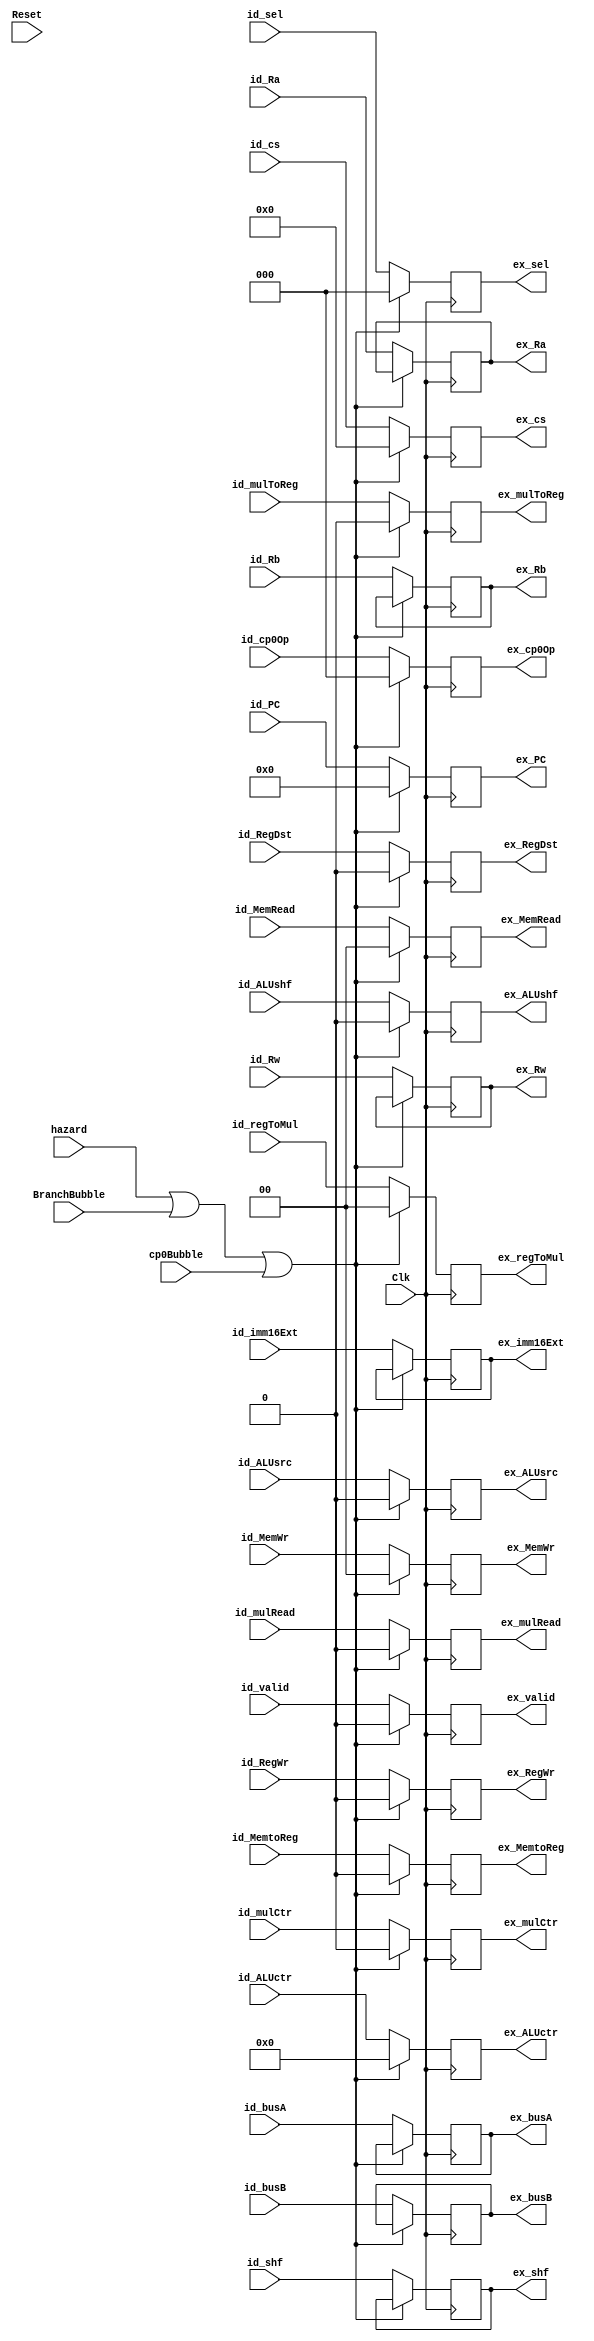
`timescale 1ns / 1ps
module id_ex(Clk,       hazard,      BranchBubble, id_busA,     id_busB,
             id_Ra,     id_Rb,       id_Rw,        id_imm16Ext, id_RegWr,
             id_RegDst, id_ALUsrc,   id_MemWr,     id_MemtoReg, id_ALUctr, id_MemRead, id_shf, id_ALUshf,
             ex_busA,   ex_busB,
             ex_Ra,     ex_Rb,       ex_Rw,        ex_imm16Ext, ex_RegWr,  
             ex_RegDst, ex_ALUsrc,   ex_MemWr,     ex_MemtoReg, ex_ALUctr, ex_MemRead, ex_shf, ex_ALUshf,
             //----{mul}begin
             id_mulCtr, id_regToMul, id_mulToReg,  id_mulRead,
             ex_mulCtr, ex_regToMul, ex_mulToReg,  ex_mulRead,
             //----{mul}end
             //----{cp0}begin
             id_cs,        id_sel,      id_cp0Op,     id_PC,
             ex_cs,        ex_sel,      ex_cp0Op,     ex_PC,
             cp0Bubble,
             //----{cp0}end
             //----{ISE}begin
             id_valid,     ex_valid,
             //----{ISE}end
             Reset//,
             //loongsonBubble,            loongsonOver
             );
        input         Reset;
        input         Clk;
        input         hazard;
        input         BranchBubble;
        input [31:0]  id_busA;
        input [31:0]  id_busB;
        input [4:0]   id_Ra;
        input [4:0]   id_Rb;
        input [4:0]   id_Rw;
        input [31:0]  id_imm16Ext;
        input         id_RegWr,id_RegDst,id_ALUsrc;
        input [1:0]   id_MemWr;
        input         id_MemtoReg;
        input [3:0]   id_ALUctr;
        input [1:0]   id_MemRead;
        input [4:0]   id_shf;
        input         id_ALUshf;
        //----{mul}begin
        input         id_mulCtr;
        input [1:0]   id_regToMul;
        input         id_mulToReg;
        input         id_mulRead;        
        //----{mul}end
        //----{cp0}begin
        input [ 4:0]  id_cs;
        input [ 2:0]  id_sel;
        input [ 2:0]  id_cp0Op;
        input [31:2]  id_PC;
        input         cp0Bubble;
        //----{cp0}end
        //input         loongsonBubble;
        //input         loongsonOver;

        output reg [4:0]   ex_Ra;
        output reg [4:0]   ex_Rb;
        output reg [4:0]   ex_Rw;
        output reg [31:0]  ex_busA;
        output reg [31:0]  ex_busB;
        output reg [31:0]  ex_imm16Ext;
        output reg         ex_RegWr,ex_RegDst,ex_ALUsrc;
        output reg [1:0]   ex_MemWr;
        output reg         ex_MemtoReg;
        output reg [3:0]   ex_ALUctr;     
        output reg [1:0]   ex_MemRead;
        output reg [4:0]   ex_shf;
        output reg         ex_ALUshf;
        //----{mul}begin
        output reg         ex_mulCtr;     
        output reg [1:0]   ex_regToMul;
        output reg         ex_mulToReg;
        output reg         ex_mulRead;    
        //----{mul}end

        //----{cp0}begin
        output reg [ 4:0]  ex_cs;
        output reg [ 2:0]  ex_sel;
        output reg [ 2:0]  ex_cp0Op;
        output reg [31:2]  ex_PC;
        //----{cp0}end

        input              id_valid;
        output reg         ex_valid;
       initial begin
             ex_Ra        = 5'd0;
             ex_Rb        = 5'd0;
             ex_Rw        = 5'd0;
             ex_busA      = 32'd0;
             ex_busB      = 32'd0;
             ex_imm16Ext  = 32'd0;
             ex_RegWr     = 0;
             ex_RegDst    = 0;
             ex_ALUsrc    = 0;
             ex_MemWr     = 2'd0;
             ex_MemtoReg  = 0;  
             ex_ALUctr    = 4'd0;
             ex_MemRead   = 2'd0;
             ex_shf       = 5'd0;
             ex_ALUshf    = 0;
             //----{mul}begin
             ex_mulCtr    = 0;
             ex_regToMul  = 2'b0;
             ex_mulToReg  = 0;
             ex_mulRead   = 0;
             //----{mul}end
             //----{cp0}begin
             ex_cs       = 5'd0;
             ex_sel      = 3'd0;
             ex_cp0Op    = 3'd0;
             ex_PC       = 30'd0;
             //----{cp0}end  

             ex_valid    = 1'd0;
        end
        always @(negedge Clk)
        begin
             /*if (loongsonBubble  || loongsonOver )begin
                //
             end else */
             if (/*Reset || */hazard || BranchBubble || cp0Bubble) begin
                 ex_RegWr     <= 0;
                 ex_RegDst    <= 0;
                 ex_ALUsrc    <= 0;
                 ex_MemWr     <= 2'b0;
                 ex_MemtoReg  <= 0;
                 ex_ALUctr    <= 4'b0;  
                 ex_MemRead   <= 2'b0; 
                 ex_ALUshf    <= 0; 
                 //----{mul}begin
                 ex_mulCtr    <= 0;
                 ex_regToMul  <= 2'b0;
                 ex_mulToReg  <= 0;
                 ex_mulRead   <= 0;
                 //----{mul}end
                 //----{cp0}begin
                 ex_cs        <= 5'd0;
                 ex_sel       <= 3'd0;
                 ex_cp0Op     <= 3'd0;
                 ex_PC        <= 30'd0;
                 //----{cp0}end 

                 ex_valid     <= 1'd0;
             end else begin
                 ex_Ra        <= id_Ra;
                 ex_Rb        <= id_Rb;
                 ex_Rw        <= id_Rw;
                 ex_busA      <= id_busA;
                 ex_busB      <= id_busB;
                 ex_imm16Ext  <= id_imm16Ext;
                 ex_shf       <= id_shf;
                //control
                 ex_RegWr     <= id_RegWr;
                 ex_RegDst    <= id_RegDst;
                 ex_ALUsrc    <= id_ALUsrc;
                 ex_MemWr     <= id_MemWr;
                 ex_MemtoReg  <= id_MemtoReg;
                 ex_ALUctr    <= id_ALUctr;    
                 ex_MemRead   <= id_MemRead;
                 ex_ALUshf    <= id_ALUshf;
                 //----{mul}begin
                 ex_mulCtr    <= id_mulCtr;
                 ex_regToMul  <= id_regToMul;
                 ex_mulToReg  <= id_mulToReg;
                 ex_mulRead   <= id_mulRead;
                 //----{mul}end
                 //----{cp0}begin
                 ex_cs        <= id_cs;
                 ex_sel       <= id_sel;
                 ex_cp0Op     <= id_cp0Op;
                 ex_PC        <= id_PC;
                 //----{cp0}end 

                 ex_valid     <= id_valid;
             end 
        end
endmodule